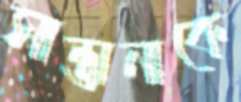
সান্তানাকে